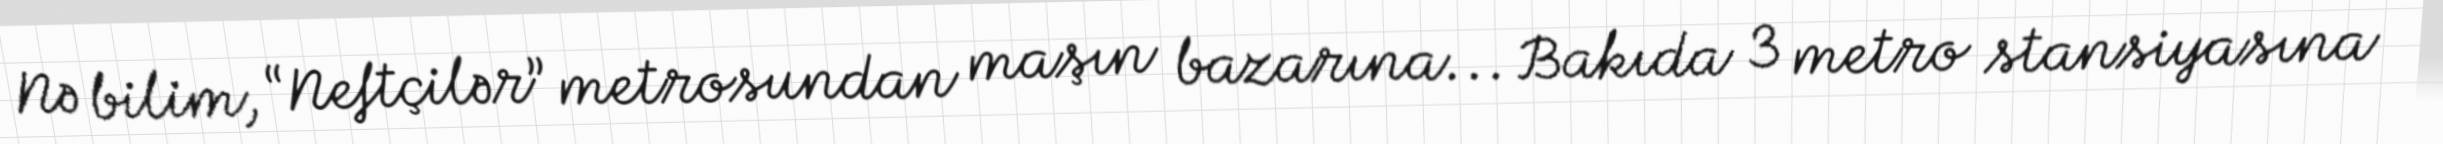
Nə bilim, “Neftçilər” metrosundan maşın bazarına... Bakıda 3 metro stansiyasına